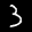
Label: 3